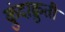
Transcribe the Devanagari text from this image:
कुंदाक्रुती